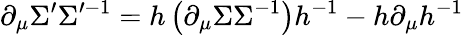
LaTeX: \partial_{\mu}\Sigma^{\prime}\Sigma^{\prime-1}=h\left(\partial_{\mu}\Sigma\Sigma^{-1}\right)h^{-1}-h\partial_{\mu}h^{-1}